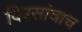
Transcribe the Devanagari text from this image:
दिवसांचाच